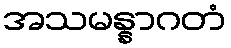
အသမန္နာဂတံ